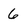
Character: 6